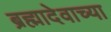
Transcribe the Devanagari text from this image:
ब्रह्मादेवाच्या